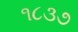
૧૮૩૭